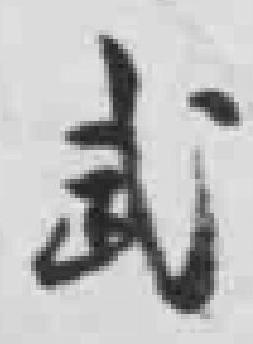
武